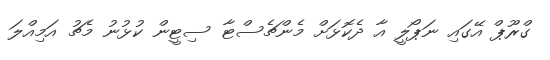
ގްރޫޕް އޭގައި ނަޕޯލީ އާ ދެކޮޅަށް މެންޗެސްޓާ ސިޓީން ކުޅުނު މެޗު އަމިއްލަ